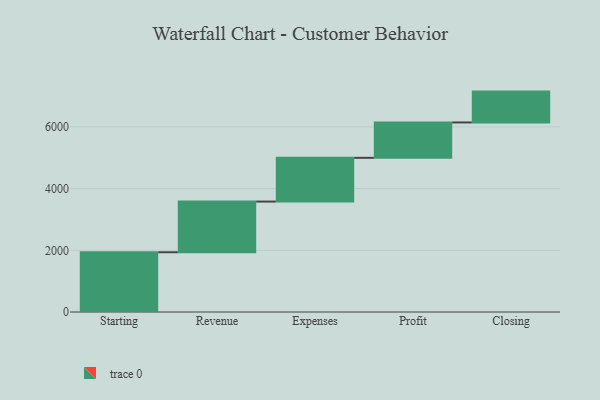
{"axis": {"x": "Step", "y": "Value"}, "legend": [""], "data": [{"x": "Starting", "y": 1937.0, "type": ""}, {"x": "Revenue", "y": 1643.0, "type": ""}, {"x": "Expenses", "y": 1418.0, "type": ""}, {"x": "Profit", "y": 1147.0, "type": ""}, {"x": "Closing", "y": 1000, "type": ""}]}